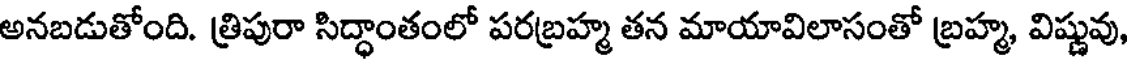
అనబడుతోంది. త్రిపురా సిద్ధాంతంలో పరబ్రహ్మ తన మాయావిలాసంతో బ్రహ్మ, విష్ణువు,